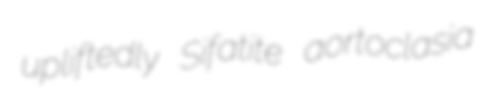
upliftedly Sifatite aortoclasia